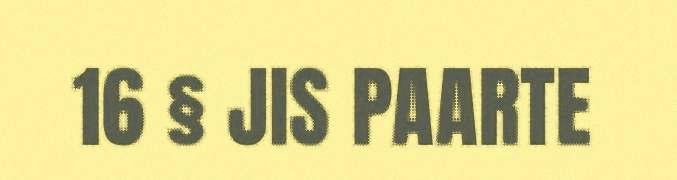
16 § JIS PAARTE